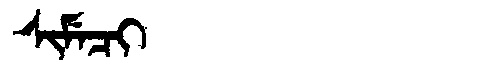
Manchu: ᠰᡳᠮᡝᠴᡳ
Romanization: SIMECI